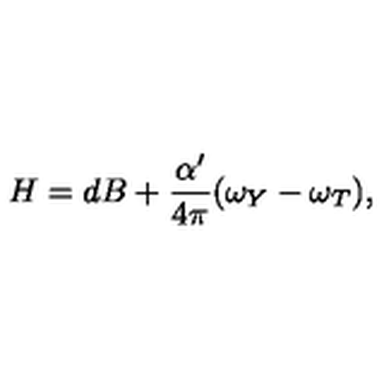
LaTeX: H = d B + \frac { \alpha ^ { \prime } } { 4 \pi } ( \omega _ { Y } - \omega _ { T } ) ,